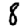
Digit: 8